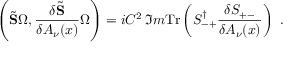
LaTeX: \left( \tilde { \bf S } \Omega , \frac { \delta \tilde { \bf S } } { \delta A _ { \nu } ( x ) } \Omega \right) = i C ^ { 2 } \, \Im m \mathrm { T r } \left( S _ { - + } ^ { \dagger } \frac { \delta S _ { + - } } { \delta A _ { \nu } ( x ) } \right) \, \, .